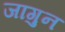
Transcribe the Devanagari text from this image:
जागुन